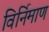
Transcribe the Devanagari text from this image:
विर्निमाण